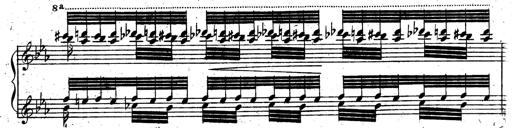
Title: Rondeau fantastique sur un thÃ¨me espagnol
Composer: Franz Liszt